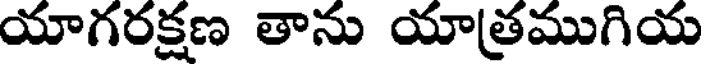
యాగరక్షణ తాను యాత్రముగియ